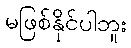
မဖြစ်နိုင်ပါဘူး